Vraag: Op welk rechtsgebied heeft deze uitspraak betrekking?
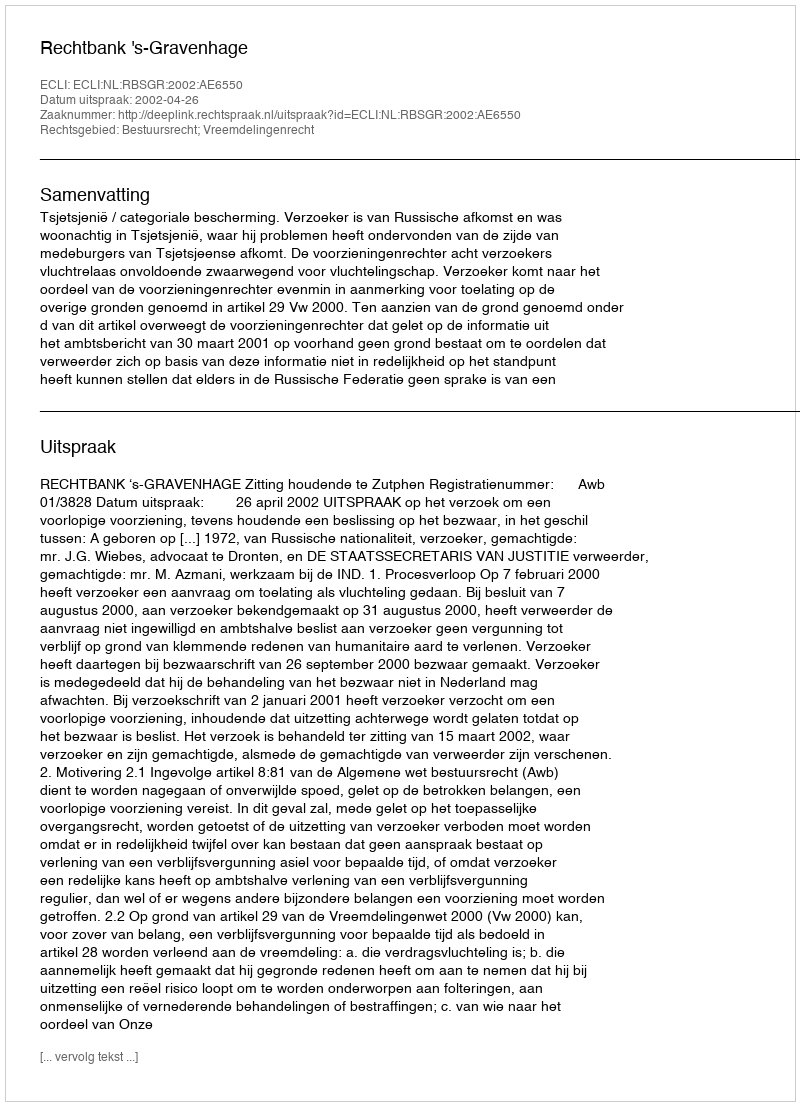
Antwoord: Bestuursrecht; Vreemdelingenrecht